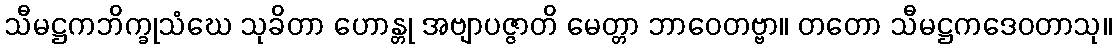
သီမဋ္ဌကဘိက္ခုသံဃေ သုခိတာ ဟောန္တု အဗျာပဇ္ဇာတိ မေတ္တာ ဘာဝေတဗ္ဗာ။ တတော သီမဋ္ဌကဒေဝတာသု။